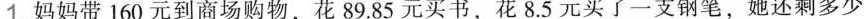
1.妈妈带160元到商场购物，花89.85元买书，花8.5元买了一支钢笔，她还剩多少